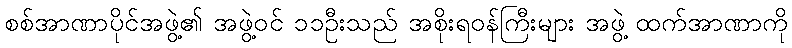
စစ်အာဏာပိုင်အဖွဲ့၏ အဖွဲ့ဝင် ၁၁ဦးသည် အစိုးရဝန်ကြီးများ အဖွဲ့ ထက်အာဏာကို